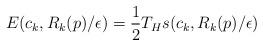
LaTeX: \begin{align*}E(c_k,R_k(p)/\epsilon)=\frac 12 T_H s(c_k,R_k(p)/\epsilon)~~\end{align*}